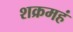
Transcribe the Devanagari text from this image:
शक्रमहं